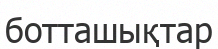
ботташықтар